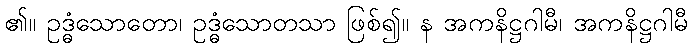
၏။ ဥဒ္ဓံသောတော၊ ဥဒ္ဓံသောတသာ ဖြစ်၍။ န အကနိဋ္ဌဂါမီ၊ အကနိဋ္ဌဂါမီ